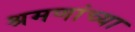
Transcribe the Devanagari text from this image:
श्रमणांच्या